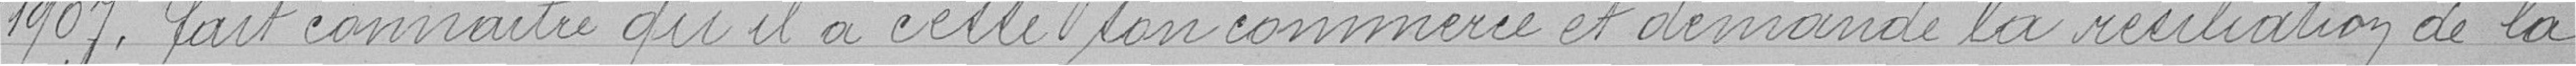
1907, fait connaître qu'il a cessé son commerce et demande la résiliation de la